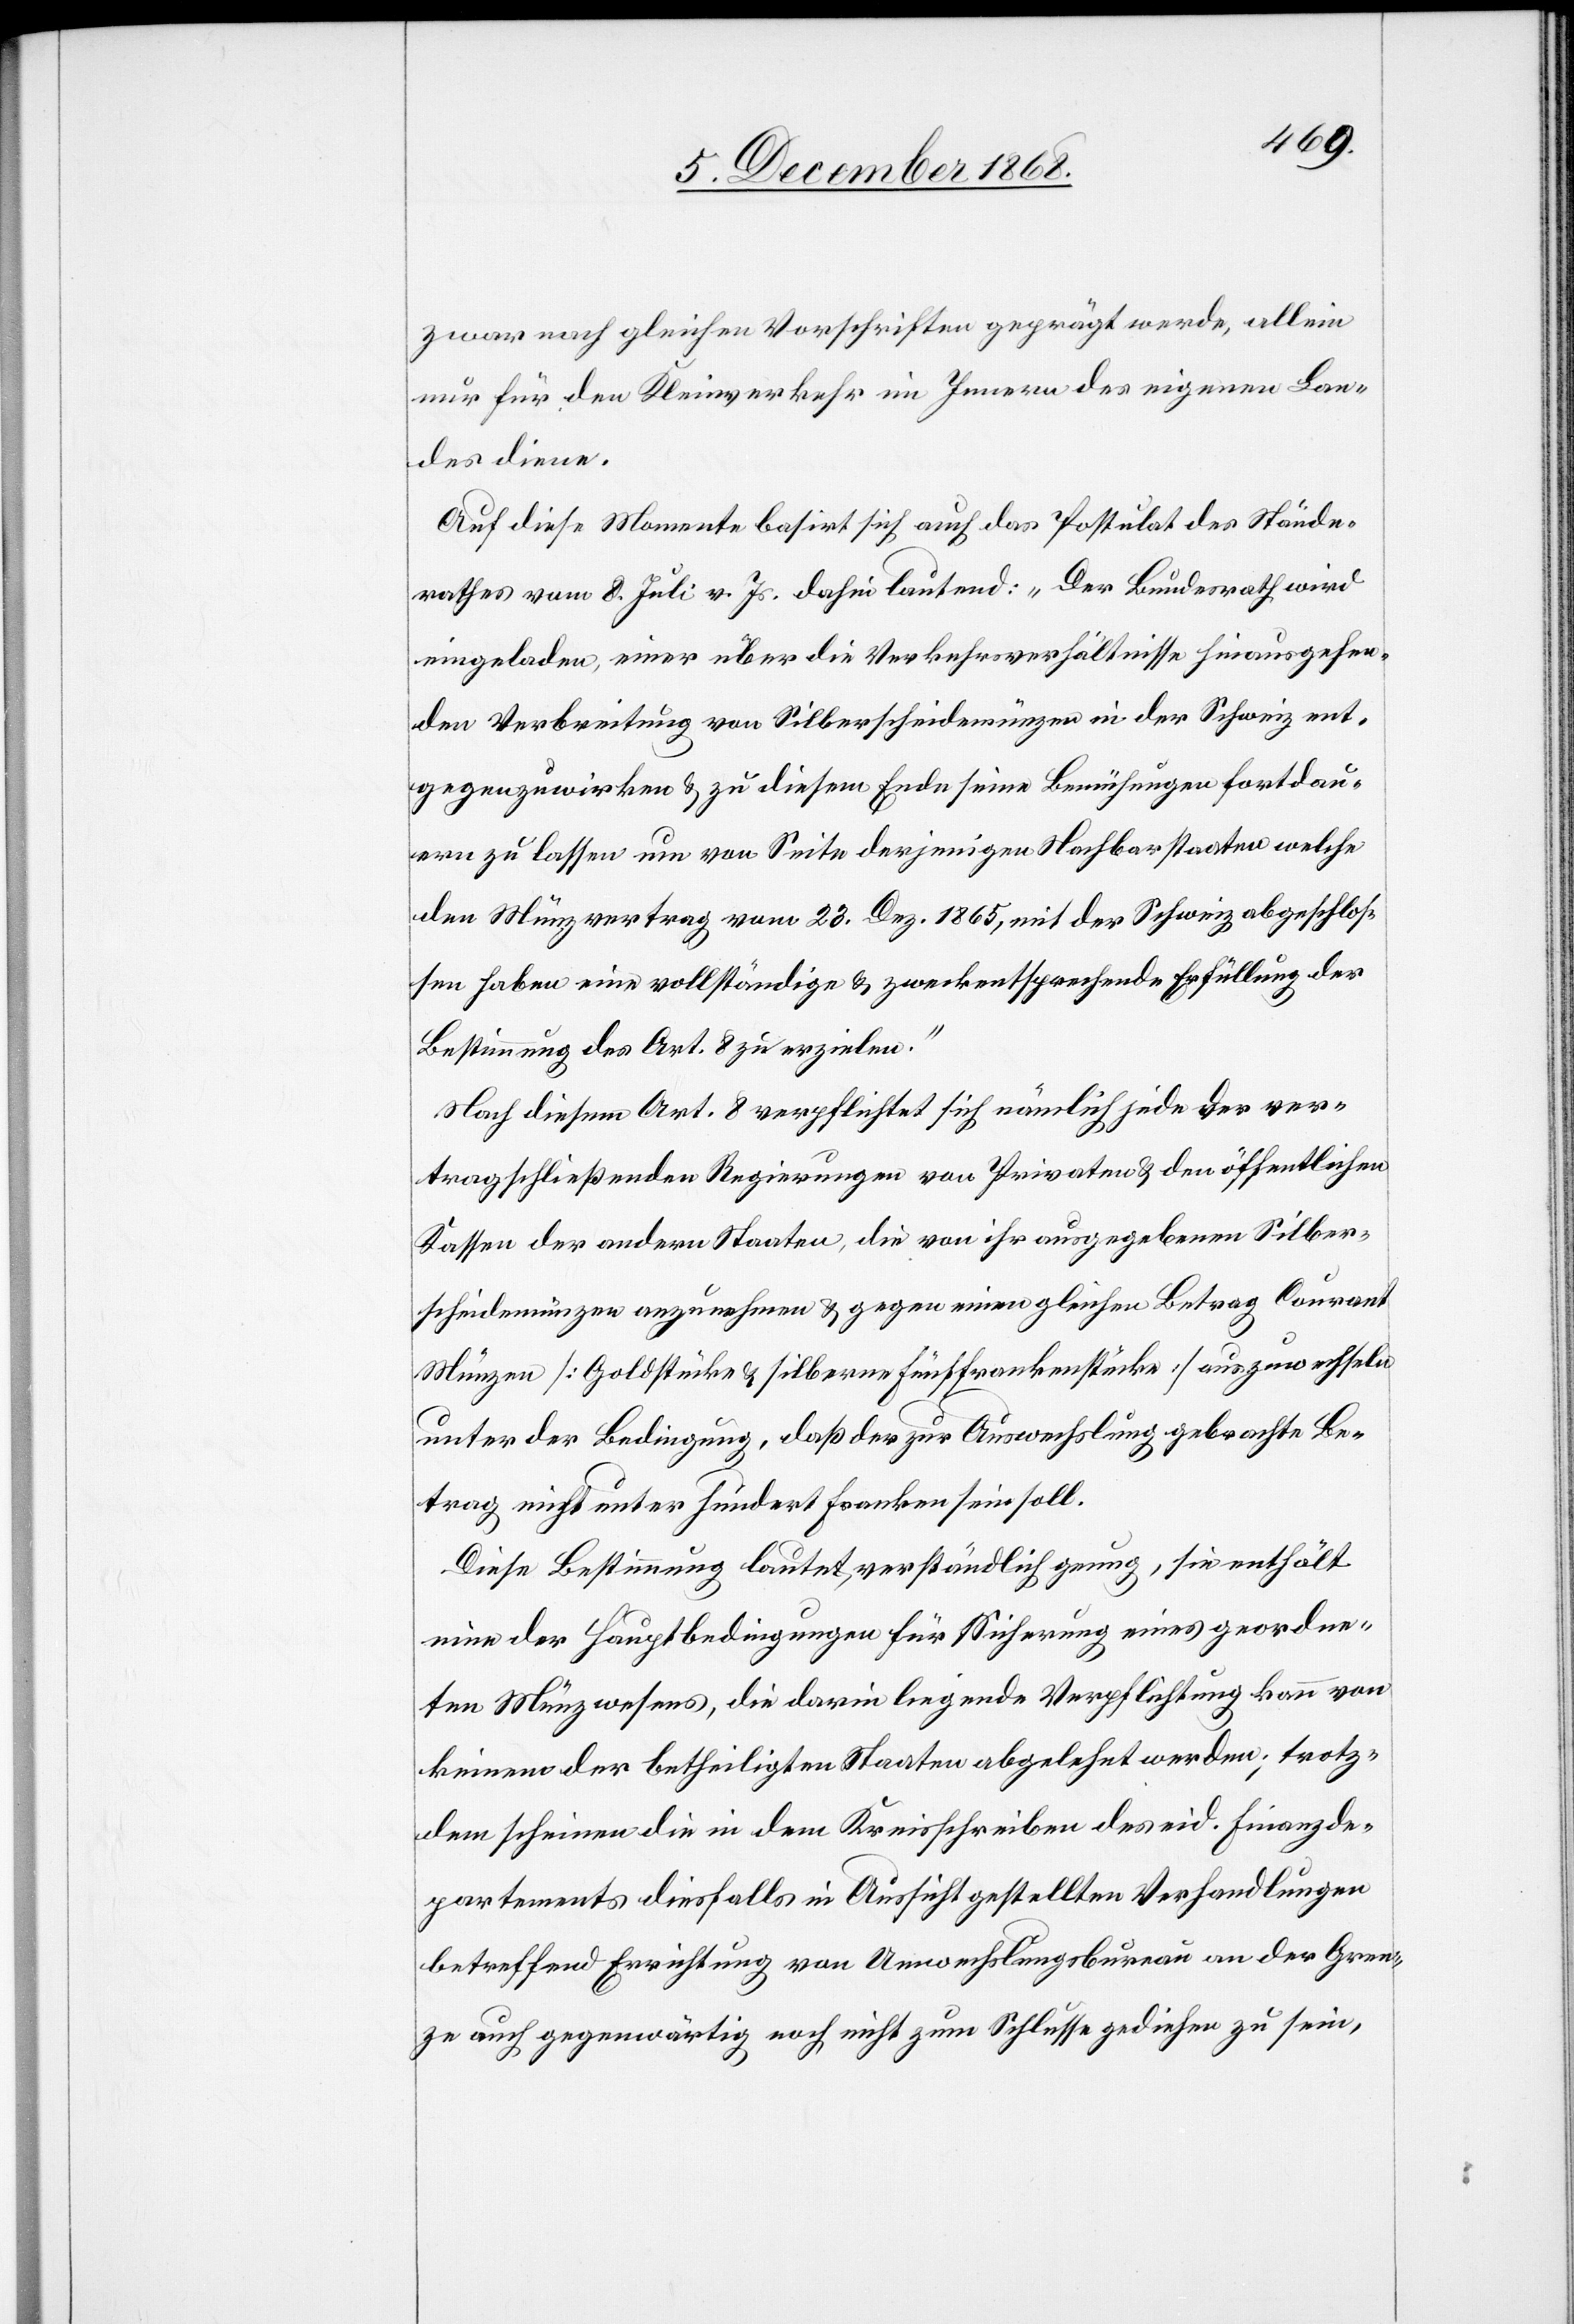
zwar nach gleichen Vorschriften geprägt werde, allein
nur für den Kleinverkehr im Innern des eigenen Lan¬
des diene.
Auf diese Momente basirt sich auch das Postulat des Stände¬
rathes vom 8. Juli v. Js. dahin lautend: „Der Bundesrath wird
eingeladen, einer über die Verkehrsverhältnisse hinausgehen¬
den Verbreitung von Silberscheidemünzen in der Schweiz ent¬
gegenzuwirken & zu diesem Ende seine Bemühungen fortdau¬
ern zu lassen um von Seite derjenigen Nachbarstaaten welche
den Münzvertrag vom 23. Dez. 1865, mit der Schweiz abgeschlos¬
sen haben eine vollständige & zweckentsprechende Erfüllung der
Bestimmung des Art. 8 zu erzielen.“
Nach diesem Art. 8 verpflichtet sich nämlich jede der ver¬
tragschließenden Regierungen von Privaten & den öffentlichen
Kassen der andern Staaten, die von ihr ausgegebenen Silber¬
scheidemünzen anzunehmen & gegen einen gleichen Betrag Courant
Münzen [Goldstücke & silberne Fünffrankenstücke] auszuwechseln
unter der Bedingung, daß der zur Auswechslung gebrachte Be¬
trag nicht unter hundert Franken sein soll.
Diese Bestimmung lautet, verständlich genug, sie enthält
eine der Hauptbedingungen für Sicherung eines geordne¬
ten Münzwesens, die darin liegende Verpflichtung kann von
keinem der betheiligten Staaten abgelehnt werden; trotz¬
dem scheinen die in dem Kreisschreiben des eid. Finanzde¬
partements diesfalls in Aussicht gestellten Verhandlungen
betreffend Errichtung von Umwechslungsbureau[x] an der Gren¬
ze auch gegenwärtig noch nicht zum Schlusse gediehen zu sein,